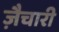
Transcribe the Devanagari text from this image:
ज़ैचारी